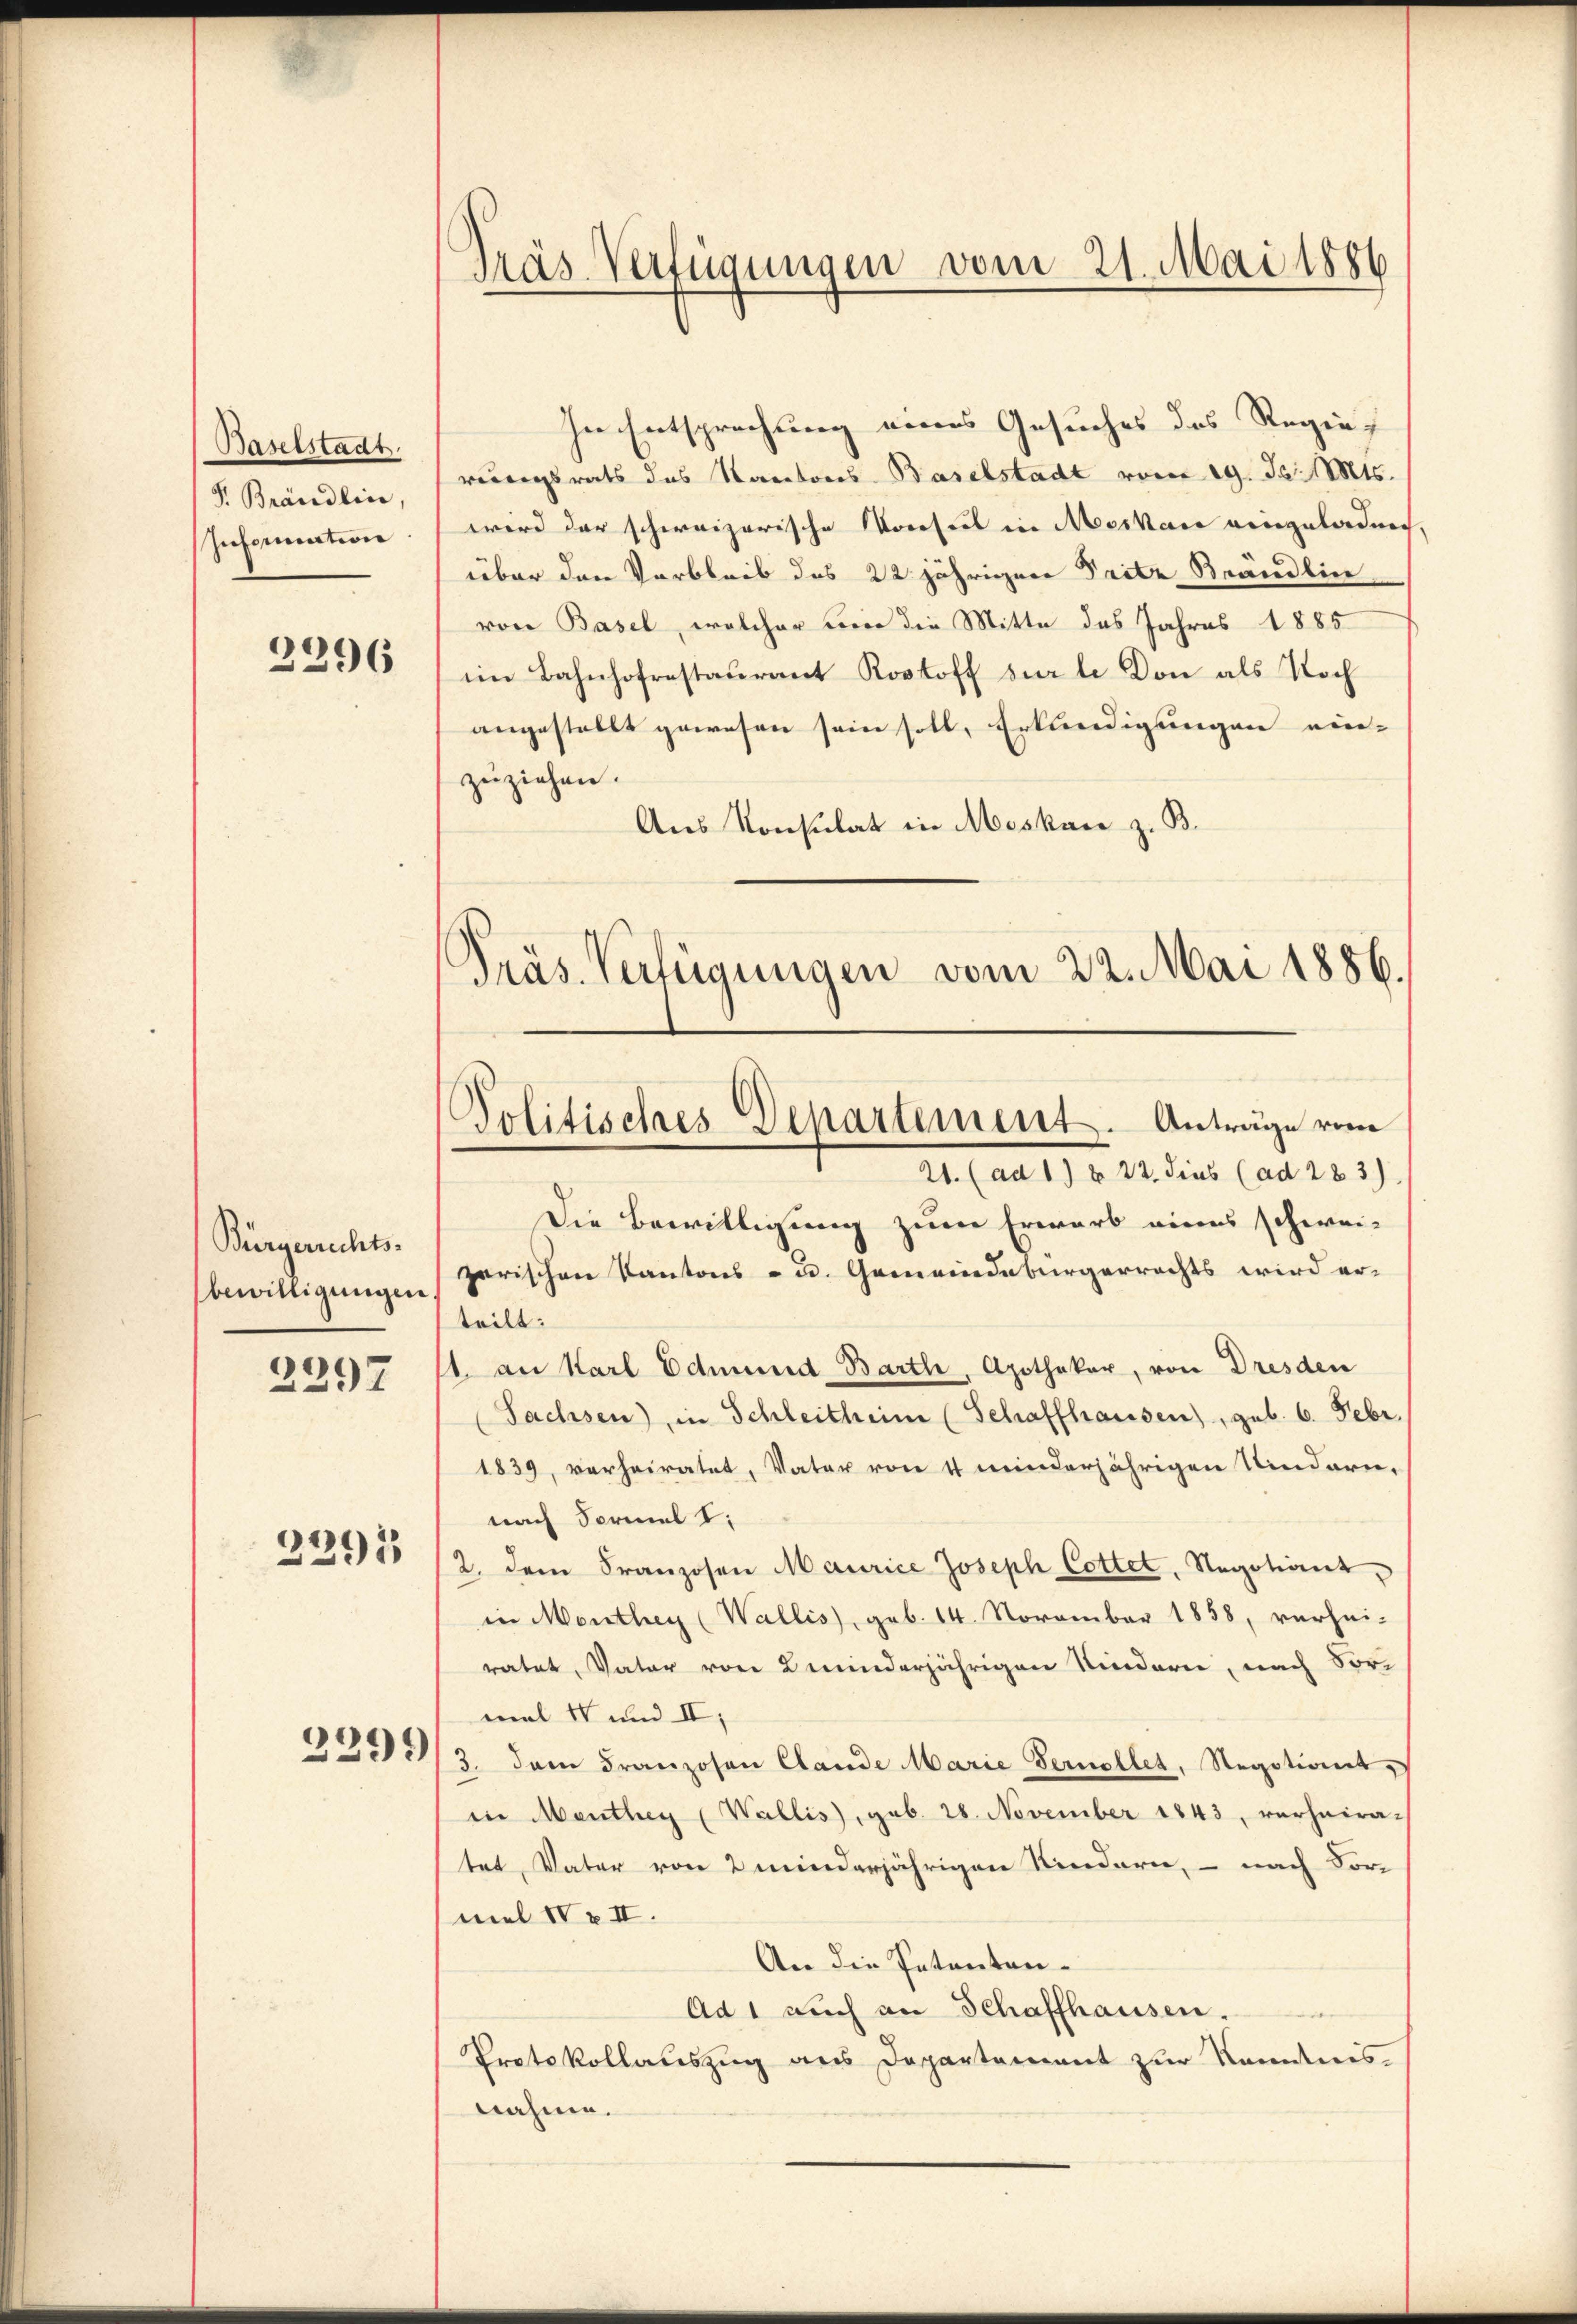
Baselstadt.
J. Brändlin,
Information

2296

Bürgerrechts-
bewilligungen

2297

4
291

2291)

In Entsprechung eines Gesuches des Regier
verungsrats das Sanatores Baselstadt vom 19. Ja. Mts.
wird der schweizerische Korefert in Moskau eingeladenen,
über den Verbleib des 22 jährigen Pritz Brändlin
von Basel, welcher bei die Mitte des Jahres 1885
im Bahnhofrestaurant Rostoff sur le Don als Noch
angestellt gewesen sein soll, Erkundigungen ein-
zŭziehen.
Aus Konsulat in Moskar z. B.
Präs. Verfügungen vom 22. Mai 1886.

Präs. Verfügungen vom 21. Mai 1886

Politisches Departement. Anträge vom
21. (ad 1) § 22. dies (ad 283)

Die Bewilligung zum Erwarb eines schweizerischen Kantons - u. Gemeindebürgerrechts wird er-
teilt:
1. an Karl Edmund Barth, Apotheker, von Dresden
Sachsen) in Schleitheim (Schaffhausen), geb. 6. Febr.
1839, verheiratet, Vater von 4 minderjährigen Kindern,
nach Formel I
2. dem Franzosen Maurice Joseph Cottet, Negotiant,
in Monthey (Wallis), geb. 14. November 1858, verhei-
ratet, Vater von minderjährigen Kindern, nach Vor-
mal 14 und II,
3. dem Franzosen Clande Marie Fernellet, Regotionet
in Menthey (Wallis, geb. 28. November 1843, verhaira-
tet, Vater von 2 minderjährigen Kindern, – nach Vor-
mel IV u. II.
An die Patenten-
Ad 1 auch an Schaffhausen.
Protokollauszug aus Departement zur Kenntnis.
nahme.